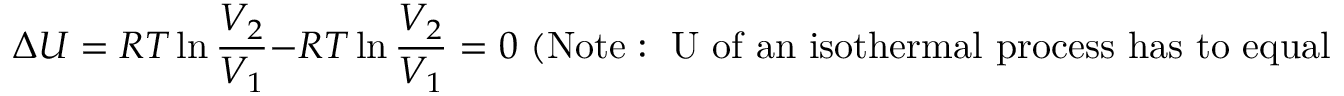
\Delta U = R T \ln { \frac { V _ { 2 } } { V _ { 1 } } } - R T \ln { \frac { V _ { 2 } } { V _ { 1 } } } = 0 { \mathrm { ~ ( N o t e : ~ U ~ o f ~ a n ~ i s o t h e r m a l ~ p r o c e s s ~ h a s ~ t o ~ e q u a l ~ 0 ) } }